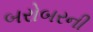
બરોબરની